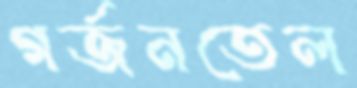
গর্জনতেল